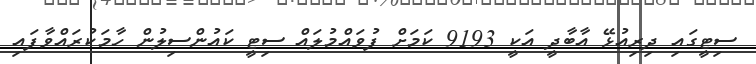
ސިޓީގައި ދިރިއުޅޭ އާބާދީ އަކީ 9193 ކަމަށް ފުވައްމުލައް ސިޓީ ކައުންސިލުން ހާމަކުރައްވާފައި